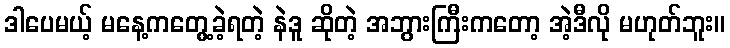
ဒါပေမယ့် မနေ့ကတွေ့ခဲ့ရတဲ့ နဲဒူ ဆိုတဲ့ အဘွားကြီးကတော့ အဲ့ဒီလို မဟုတ်ဘူး။